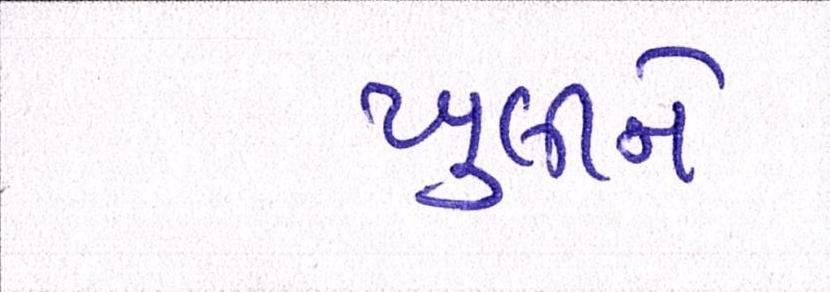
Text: ખુલીને